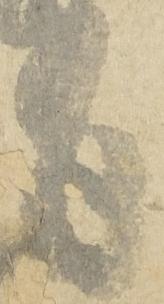
有